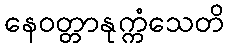
နေဝတ္တာနုက္ကံသေတိ